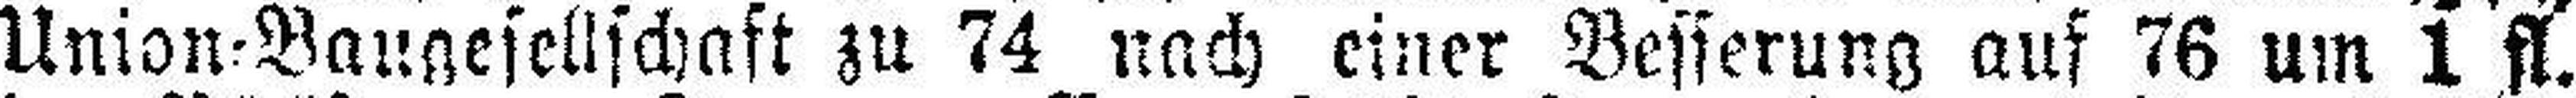
Union=Baugesellschaft zu 74 nach einer Besserung auf 76 um 1 fl.